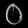
Digit: ၀